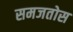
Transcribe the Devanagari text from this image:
समजतोस